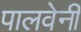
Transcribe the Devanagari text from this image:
पालवेनी